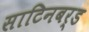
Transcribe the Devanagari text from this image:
साटिनबर्ड